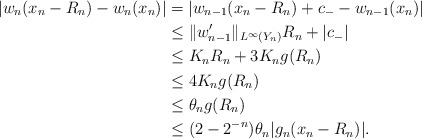
\begin{align*} |w_n (x_n - R_n) - w_n (x_n)| &= |w_{n-1}(x_n - R_n) + c_- - w_{n-1} (x_n )| \\& \leq \|w_{n-1}'\|_{L^{\infty}(Y_n)}R_n + |c_{-}| \\&\leq K_n R_n + 3 K_n g(R_n) \\&\leq 4K_n g(R_n) \\&\leq \theta_n g(R_n)\\& \leq ( 2 - 2^{-n}) \theta_n |g_n ( x_n - R_n)|.\end{align*}